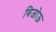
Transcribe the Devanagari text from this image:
बिजोऊ